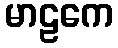
မာဠကေ